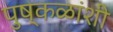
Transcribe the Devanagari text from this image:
पुष्कळांशी